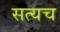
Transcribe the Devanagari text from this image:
सत्यच